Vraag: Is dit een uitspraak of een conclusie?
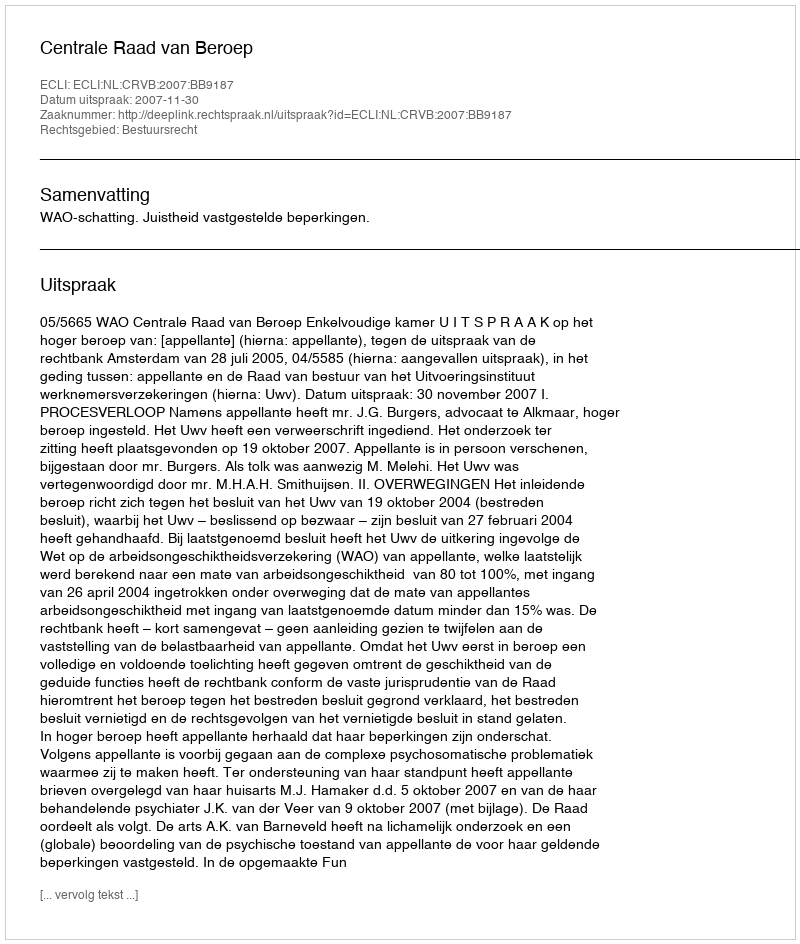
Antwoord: Uitspraak